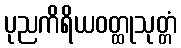
ပုညကိရိယဝတ္ထုသုတ္တံ